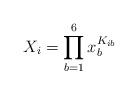
LaTeX: \begin{align*}X_i=\prod_{b=1}^6 x_b^{K_{ib}}\end{align*}